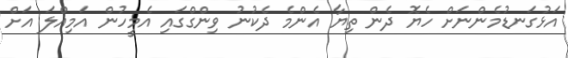
އަޅުގަނޑުމެންނަށް ހެޔޮ ދެން ތިޔާ އެންމެ ދެކުނު ވިންގްގައި އެމީހުން އަމިއްލަ އަށް